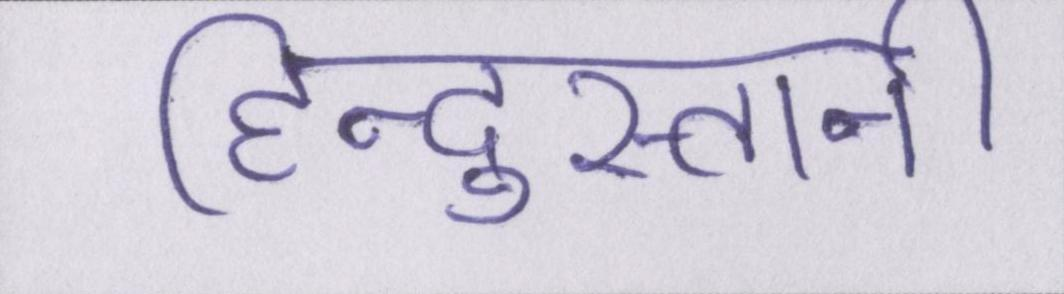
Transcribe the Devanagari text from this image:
हिन्दुस्तानी